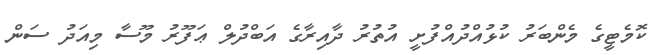
ކޮމެޓީގެ މެންބަރު ކުޅުއްދުއްފުށީ އުތުރު ދާއިރާގެ އަބްދުލް ޢަފޫރު މޫސާ މިއަދު ސަން